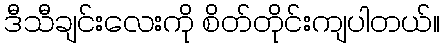
ဒီသီချင်းလေးကို စိတ်တိုင်းကျပါတယ်။